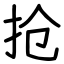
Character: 抢